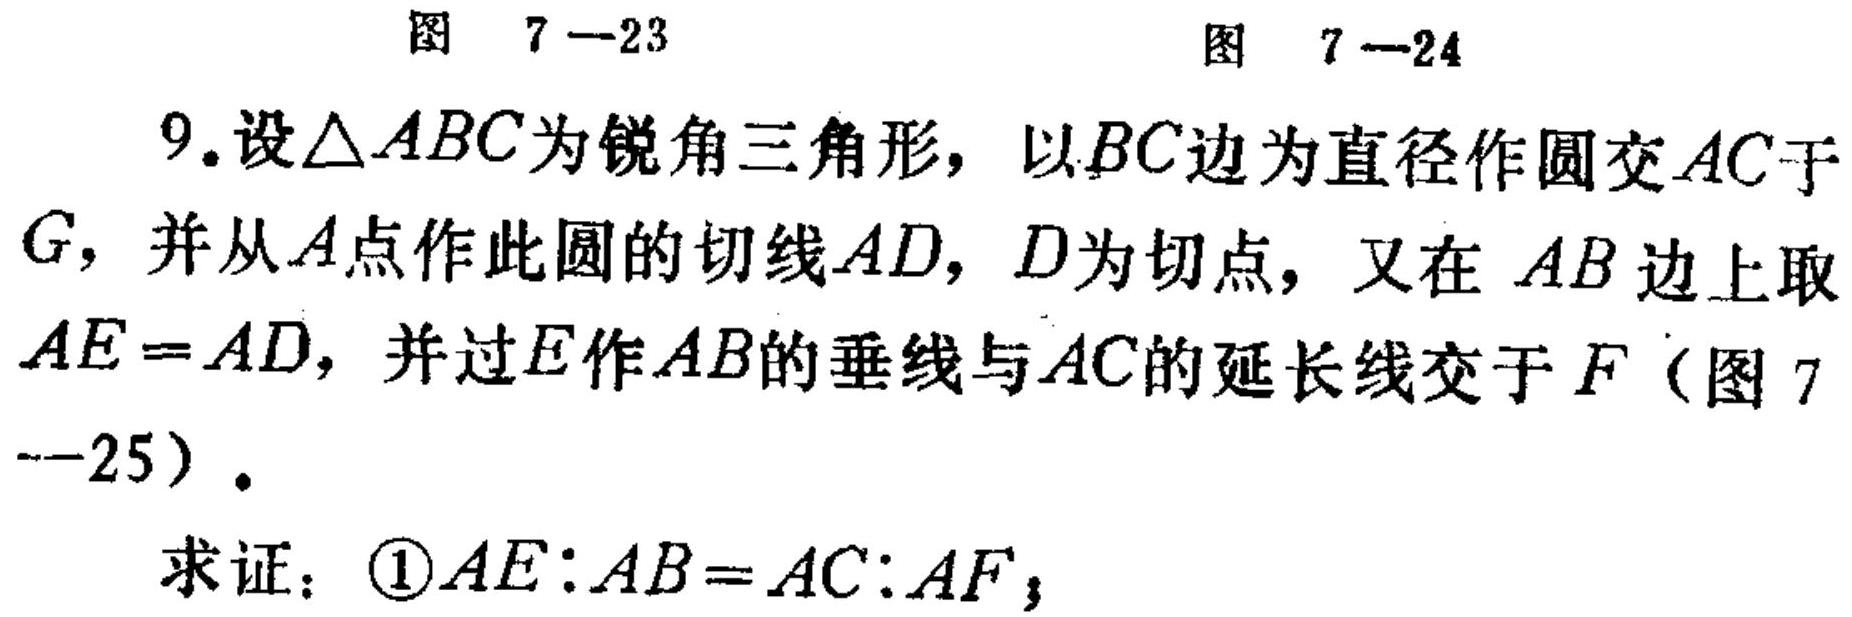
图 7—23  图 7—24
9.设\(\triangle ABC\)为锐角三角形，以\(BC\)边为直径作圆交\(AC\)于\(G\)，并从\(A\)点作此圆的切线\(AD\)，\(D\)为切点，又在\(AB\)边上取\(AE = AD\)，并过\(E\)作\(AB\)的垂线与\(AC\)的延长线交于\(F\)（图 7—25）。
求证：\textcircled{1}\(AE:AB = AC:AF\)；